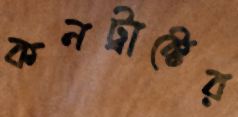
কনট্রাক্টের